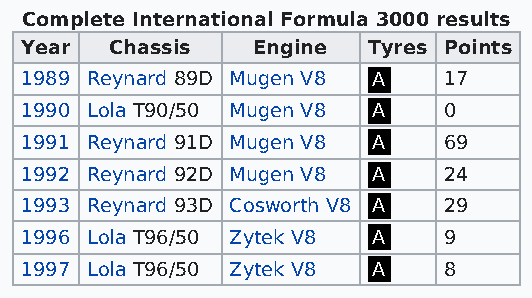
Complete International Formula 3000 results
 Year  Chassis   Engine Tyres Points
 1989 Reynard 89D Mugen V8 A 17
 1990 Lola T90/50 Mugen V8 A 0
 1991 Reynard 91D Mugen V8 A 69
 1992 Reynard 92D Mugen V8 A 24
 1993 Reynard 93D Cosworth V8 A 29
 1996 Lola T96/50 Zytek V8 A 9
 1997 Lola T96/50 Zytek V8 A 8